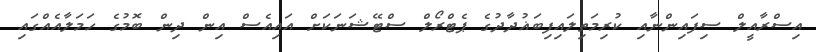
އިސްރާއީލް ސިފައިންނާއި ކުރިމަތިލައިފިބަޣުދާދުގެ ޕެޓްރޯލް ސްޓޭޝަނަކަށް އައިއެސް އިން ދިން ބޮމުގެ ހަަމަލާއެއްގައި